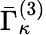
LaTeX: \bar{\Gamma}_{\kappa}^{(3)}